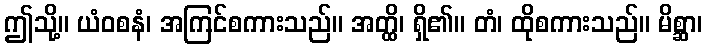
ဤသို့။ ယံဝစနံ၊ အကြင်စကားသည်။ အတ္ထိ၊ ရှိ၏။ တံ၊ ထိုစကားသည်။ မိစ္ဆာ၊